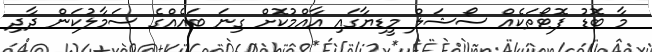
މާ ބޮޑު ފޮޓޯތަކެއް ސޯޝަލް މީޑިޔާގައި އާއްމުކޮށް ގިނަ ބައެއްގެ ސަމާލުކަން ދާދި